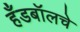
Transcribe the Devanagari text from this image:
हँडबॉलचे